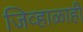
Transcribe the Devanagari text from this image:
जिव्हाळाही